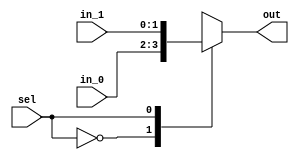
/*
 * Generated by Digital. Don't modify this file!
 * Any changes will be lost if this file is regenerated.
 */

module Mux_2x1_NBits #(
    parameter Bits = 2
)
(
    input [0:0] sel,
    input [(Bits - 1):0] in_0,
    input [(Bits - 1):0] in_1,
    output reg [(Bits - 1):0] out
);
    always @ (*) begin
        case (sel)
            1'h0: out = in_0;
            1'h1: out = in_1;
            default:
                out = 'h0;
        endcase
    end
endmodule


module CompUnsigned #(
    parameter Bits = 1
)
(
    input [(Bits -1):0] a,
    input [(Bits -1):0] b,
    output \> ,
    output \= ,
    output \<
);
    assign \> = a > b;
    assign \= = a == b;
    assign \< = a < b;
endmodule

module PriorityEncoder4 (
    input in0,
    input in1,
    input in2,
    input in3,
    input in4,
    input in5,
    input in6,
    input in7,
    input in8,
    input in9,
    input in10,
    input in11,
    input in12,
    input in13,
    input in14,
    input in15,
    output reg [3:0] num,
    output any
);
    always @ (*) begin
        if (in15 == 1'b1)
            num = 4'hf;
        else if (in14 == 1'b1)
            num = 4'he;
        else if (in13 == 1'b1)
            num = 4'hd;
        else if (in12 == 1'b1)
            num = 4'hc;
        else if (in11 == 1'b1)
            num = 4'hb;
        else if (in10 == 1'b1)
            num = 4'ha;
        else if (in9 == 1'b1)
            num = 4'h9;
        else if (in8 == 1'b1)
            num = 4'h8;
        else if (in7 == 1'b1)
            num = 4'h7;
        else if (in6 == 1'b1)
            num = 4'h6;
        else if (in5 == 1'b1)
            num = 4'h5;
        else if (in4 == 1'b1)
            num = 4'h4;
        else if (in3 == 1'b1)
            num = 4'h3;
        else if (in2 == 1'b1)
            num = 4'h2;
        else if (in1 == 1'b1)
            num = 4'h1;
        else 
            num = 4'h0;
    end

    assign any = in0 | in1 | in2 | in3 | in4 | in5 | in6 | in7 | in8 | in9 | in10 | in11 | in12 | in13 | in14 | in15;
endmodule


module Mux_16x1_NBits #(
    parameter Bits = 2
)
(
    input [3:0] sel,
    input [(Bits - 1):0] in_0,
    input [(Bits - 1):0] in_1,
    input [(Bits - 1):0] in_2,
    input [(Bits - 1):0] in_3,
    input [(Bits - 1):0] in_4,
    input [(Bits - 1):0] in_5,
    input [(Bits - 1):0] in_6,
    input [(Bits - 1):0] in_7,
    input [(Bits - 1):0] in_8,
    input [(Bits - 1):0] in_9,
    input [(Bits - 1):0] in_10,
    input [(Bits - 1):0] in_11,
    input [(Bits - 1):0] in_12,
    input [(Bits - 1):0] in_13,
    input [(Bits - 1):0] in_14,
    input [(Bits - 1):0] in_15,
    output reg [(Bits - 1):0] out
);
    always @ (*) begin
        case (sel)
            4'h0: out = in_0;
            4'h1: out = in_1;
            4'h2: out = in_2;
            4'h3: out = in_3;
            4'h4: out = in_4;
            4'h5: out = in_5;
            4'h6: out = in_6;
            4'h7: out = in_7;
            4'h8: out = in_8;
            4'h9: out = in_9;
            4'ha: out = in_10;
            4'hb: out = in_11;
            4'hc: out = in_12;
            4'hd: out = in_13;
            4'he: out = in_14;
            4'hf: out = in_15;
            default:
                out = 'h0;
        endcase
    end
endmodule


module ControlUnit (
  input [5:0] Opcode,
  input Reset, // RESET input
  output aluSrc,
  output RegDst,
  output [2:0] aluOp,
  output memToReg,
  output memRead,
  output memWrite,
  output RegWrite,
  output branch,
  output jump,
  output branch2,
  output lup
);
  wire s0;
  wire s1;
  wire s2;
  wire [3:0] s3;
  wire [12:0] s4;
  wire s5;
  wire s6;
  wire s7;
  wire s8;
  wire s9;
  wire s10;
  wire s11;
  wire s12;
  wire [12:0] s13;
  // rformat
  CompUnsigned #(
    .Bits(6)
  )
  CompUnsigned_i0 (
    .a( Opcode ),
    .b( 6'b0 ),
    .\= ( s0 )
  );
  // SW
  CompUnsigned #(
    .Bits(6)
  )
  CompUnsigned_i1 (
    .a( Opcode ),
    .b( 6'b101011 ),
    .\= ( s1 )
  );
  // LW
  CompUnsigned #(
    .Bits(6)
  )
  CompUnsigned_i2 (
    .a( Opcode ),
    .b( 6'b100011 ),
    .\= ( s2 )
  );
  // Beq
  CompUnsigned #(
    .Bits(6)
  )
  CompUnsigned_i3 (
    .a( Opcode ),
    .b( 6'b100 ),
    .\= ( s5 )
  );
  // Bne
  CompUnsigned #(
    .Bits(6)
  )
  CompUnsigned_i4 (
    .a( Opcode ),
    .b( 6'b101 ),
    .\= ( s6 )
  );
  // jump
  CompUnsigned #(
    .Bits(6)
  )
  CompUnsigned_i5 (
    .a( Opcode ),
    .b( 6'b10 ),
    .\= ( s7 )
  );
  // addi
  CompUnsigned #(
    .Bits(6)
  )
  CompUnsigned_i6 (
    .a( Opcode ),
    .b( 6'b1000 ),
    .\= ( s8 )
  );
  // andi
  CompUnsigned #(
    .Bits(6)
  )
  CompUnsigned_i7 (
    .a( Opcode ),
    .b( 6'b1100 ),
    .\= ( s9 )
  );
  // ori
  CompUnsigned #(
    .Bits(6)
  )
  CompUnsigned_i8 (
    .a( Opcode ),
    .b( 6'b1101 ),
    .\= ( s10 )
  );
  // xori
  CompUnsigned #(
    .Bits(6)
  )
  CompUnsigned_i9 (
    .a( Opcode ),
    .b( 6'b1110 ),
    .\= ( s11 )
  );
  // lui
  CompUnsigned #(
    .Bits(6)
  )
  CompUnsigned_i10 (
    .a( Opcode ),
    .b( 6'b1111 ),
    .\= ( s12 )
  );
  PriorityEncoder4 PriorityEncoder4_i11 (
    .in0( s0 ),
    .in1( s1 ),
    .in2( s2 ),
    .in3( s5 ),
    .in4( s6 ),
    .in5( s7 ),
    .in6( s8 ),
    .in7( s9 ),
    .in8( s10 ),
    .in9( s11 ),
    .in10( s12 ),
    .in11( 1'b0 ),
    .in12( 1'b0 ),
    .in13( 1'b0 ),
    .in14( 1'b0 ),
    .in15( 1'b0 ),
    .num( s3 )
  );
  Mux_16x1_NBits #(
    .Bits(13)
  )
  Mux_16x1_NBits_i12 (
    .sel( s3 ),
    .in_0( 13'b101111000 ),
    .in_1( 13'b10010001 ),
    .in_2( 13'b110010110 ),
    .in_3( 13'b1000011000 ),
    .in_4( 13'b100000011000 ),
    .in_5( 13'b10000000000 ),
    .in_6( 13'b110010000 ),
    .in_7( 13'b110000000 ),
    .in_8( 13'b110001000 ),
    .in_9( 13'b110101000 ),
    .in_10( 13'b1000110101000 ),
    .in_11( 13'b0 ),
    .in_12( 13'b0 ),
    .in_13( 13'b0 ),
    .in_14( 13'b0 ),
    .in_15( 13'b0 ),
    .out( s4 )
  );
  Mux_2x1_NBits #(
    .Bits(13)
  )
  Mux_2x1_NBits_i13 (
    .sel( Reset ),
    .in_0( s4 ),
    .in_1( 13'b0 ),
    .out( s13 )
  );
  assign memWrite = s13[0];
  assign memRead = s13[1];
  assign memToReg = s13[2];
  assign aluOp = s13[5:3];
  assign RegDst = s13[6];
  assign aluSrc = s13[7];
  assign RegWrite = s13[8];
  assign branch = s13[9];
  assign jump = s13[10];
  assign branch2 = s13[11];
  assign lup = s13[12];
endmodule
module DIG_RegisterFile
#(
    parameter Bits = 8,
    parameter AddrBits = 4
)
(
    input [(Bits-1):0] Din,
    input we,
    input [(AddrBits-1):0] Rw,
    input C,
    input [(AddrBits-1):0] Ra,
    input [(AddrBits-1):0] Rb,
    output [(Bits-1):0] Da,
    output [(Bits-1):0] Db
);

    reg [(Bits-1):0] memory[0:((1 << AddrBits)-1)];

    assign Da = memory[Ra];
    assign Db = memory[Rb];

    always @ (posedge C) begin
        if (we)
            memory[Rw] <= Din;
    end
endmodule

module PriorityEncoder3 (
    input in0,
    input in1,
    input in2,
    input in3,
    input in4,
    input in5,
    input in6,
    input in7,
    output reg [2:0] num,
    output any
);
    always @ (*) begin
        if (in7 == 1'b1)
            num = 3'h7;
        else if (in6 == 1'b1)
            num = 3'h6;
        else if (in5 == 1'b1)
            num = 3'h5;
        else if (in4 == 1'b1)
            num = 3'h4;
        else if (in3 == 1'b1)
            num = 3'h3;
        else if (in2 == 1'b1)
            num = 3'h2;
        else if (in1 == 1'b1)
            num = 3'h1;
        else 
            num = 3'h0;
    end

    assign any = in0 | in1 | in2 | in3 | in4 | in5 | in6 | in7;
endmodule


module ALUControl (
  input [2:0] aluOp,
  input [5:0] Func,
  output [2:0] aluFunc
);
  wire s0;
  wire s1;
  wire s2;
  wire s3;
  wire s4;
  wire s5;
  wire s6;
  wire s7;
  wire [2:0] s8;
  wire s9;
  wire [2:0] s10;
  wire s11;
  // ADD
  CompUnsigned #(
    .Bits(6)
  )
  CompUnsigned_i0 (
    .a( Func ),
    .b( 6'b100000 ),
    .\= ( s0 )
  );
  // AND
  CompUnsigned #(
    .Bits(6)
  )
  CompUnsigned_i1 (
    .a( Func ),
    .b( 6'b100100 ),
    .\= ( s1 )
  );
  // OR
  CompUnsigned #(
    .Bits(6)
  )
  CompUnsigned_i2 (
    .a( Func ),
    .b( 6'b100101 ),
    .\= ( s2 )
  );
  // SUB
  CompUnsigned #(
    .Bits(6)
  )
  CompUnsigned_i3 (
    .a( Func ),
    .b( 6'b100010 ),
    .\= ( s3 )
  );
  // SLT
  CompUnsigned #(
    .Bits(6)
  )
  CompUnsigned_i4 (
    .a( Func ),
    .b( 6'b101010 ),
    .\= ( s4 )
  );
  CompUnsigned #(
    .Bits(3)
  )
  CompUnsigned_i5 (
    .a( aluOp ),
    .b( 3'b111 ),
    .\= ( s11 )
  );
  // xor
  CompUnsigned #(
    .Bits(6)
  )
  CompUnsigned_i6 (
    .a( Func ),
    .b( 6'b100110 ),
    .\= ( s5 )
  );
  // mult
  CompUnsigned #(
    .Bits(6)
  )
  CompUnsigned_i7 (
    .a( Func ),
    .b( 6'b11000 ),
    .\= ( s6 )
  );
  // div
  CompUnsigned #(
    .Bits(6)
  )
  CompUnsigned_i8 (
    .a( Func ),
    .b( 6'b11010 ),
    .\= ( s7 )
  );
  PriorityEncoder3 PriorityEncoder3_i9 (
    .in0( s1 ),
    .in1( s2 ),
    .in2( s0 ),
    .in3( s3 ),
    .in4( s4 ),
    .in5( s5 ),
    .in6( s6 ),
    .in7( s7 ),
    .num( s8 ),
    .any( s9 )
  );
  Mux_2x1_NBits #(
    .Bits(3)
  )
  Mux_2x1_NBits_i10 (
    .sel( s9 ),
    .in_0( 3'b110 ),
    .in_1( s8 ),
    .out( s10 )
  );
  Mux_2x1_NBits #(
    .Bits(3)
  )
  Mux_2x1_NBits_i11 (
    .sel( s11 ),
    .in_0( aluOp ),
    .in_1( s10 ),
    .out( aluFunc )
  );
endmodule
module DIG_RAMDualPort
#(
    parameter Bits = 8,
    parameter AddrBits = 4
)
(
  input [(AddrBits-1):0] A,
  input [(Bits-1):0] Din,
  input str,
  input C,
  input ld,
  output [(Bits-1):0] D
);
  reg [(Bits-1):0] memory[0:((1 << AddrBits) - 1)];

  assign D = ld? memory[A] : 'hz;

  always @ (posedge C) begin
    if (str)
      memory[A] <= Din;
  end
endmodule


module Mux_2x1
(
    input [0:0] sel,
    input in_0,
    input in_1,
    output reg out
);
    always @ (*) begin
        case (sel)
            1'h0: out = in_0;
            1'h1: out = in_1;
            default:
                out = 'h0;
        endcase
    end
endmodule

module DIG_Add
#(
    parameter Bits = 1
)
(
    input [(Bits-1):0] a,
    input [(Bits-1):0] b,
    input c_i,
    output [(Bits - 1):0] s,
    output c_o
);
   wire [Bits:0] temp;

   assign temp = a + b + c_i;
   assign s = temp [(Bits-1):0];
   assign c_o = temp[Bits];
endmodule



module DataMemory (
  input [31:0] virtualPC,
  input en,
  output invalidMemory,
  output [10:0] Physicaladdress
);
  wire [31:0] s0;
  wire s1;
  wire s2;
  wire control;
  wire [31:0] s3;
  wire [31:0] s4;
  wire s5;
  wire s6;
  wire adder;
  wire [31:0] s7;
  CompUnsigned #(
    .Bits(32)
  )
  CompUnsigned_i0 (
    .a( virtualPC ),
    .b( 32'b10000000000000000001111111111 ),
    .\> ( s1 )
  );
  // DataMem
  CompUnsigned #(
    .Bits(32)
  )
  CompUnsigned_i1 (
    .a( virtualPC ),
    .b( 32'b10000000000000000000000000000 ),
    .\< ( s2 )
  );
  CompUnsigned #(
    .Bits(32)
  )
  CompUnsigned_i2 (
    .a( virtualPC ),
    .b( 32'b1111111111111111110111111111011 ),
    .\> ( s5 )
  );
  // Stack
  CompUnsigned #(
    .Bits(32)
  )
  CompUnsigned_i3 (
    .a( virtualPC ),
    .b( 32'b1111111111111111110101111111100 ),
    .\< ( s6 )
  );
  assign adder = (s6 | s5);
  assign control = (adder & (s2 | s1));
  Mux_2x1_NBits #(
    .Bits(32)
  )
  Mux_2x1_NBits_i4 (
    .sel( control ),
    .in_0( virtualPC ),
    .in_1( 32'b0 ),
    .out( s3 )
  );
  Mux_2x1 Mux_2x1_i5 (
    .sel( en ),
    .in_0( 1'b0 ),
    .in_1( control ),
    .out( invalidMemory )
  );
  Mux_2x1_NBits #(
    .Bits(32)
  )
  Mux_2x1_NBits_i6 (
    .sel( en ),
    .in_0( 32'b0 ),
    .in_1( s3 ),
    .out( s4 )
  );
  DIG_Add #(
    .Bits(32)
  )
  DIG_Add_i7 (
    .a( s4 ),
    .b( 32'b100 ),
    .c_i( 1'b0 ),
    .s( s7 )
  );
  Mux_2x1_NBits #(
    .Bits(32)
  )
  Mux_2x1_NBits_i8 (
    .sel( adder ),
    .in_0( s7 ),
    .in_1( s4 ),
    .out( s0 )
  );
  assign Physicaladdress = s0[10:0];
endmodule

module DIG_Register_BUS #(
    parameter Bits = 1
)
(
    input C,
    input en,
    input [(Bits - 1):0]D,
    output [(Bits - 1):0]Q
);

    reg [(Bits - 1):0] state = 'h0;

    assign Q = state;

    always @ (posedge C) begin
        if (en)
            state <= D;
   end
endmodule

module DIG_Sub #(
    parameter Bits = 2
)
(
    input [(Bits-1):0] a,
    input [(Bits-1):0] b,
    input c_i,
    output [(Bits-1):0] s,
    output c_o
);
    wire [Bits:0] temp;

    assign temp = a - b - c_i;
    assign s = temp[(Bits-1):0];
    assign c_o = temp[Bits];
endmodule


module CompSigned #(
    parameter Bits = 1
)
(
    input [(Bits -1):0] a,
    input [(Bits -1):0] b,
    output \> ,
    output \= ,
    output \<
);
    assign \> = $signed(a) > $signed(b);
    assign \= = $signed(a) == $signed(b);
    assign \< = $signed(a) < $signed(b);
endmodule


module DIG_Mul_signed #(
    parameter Bits = 1
)
(
    
      input signed [(Bits-1):0] a,
      input signed [(Bits-1):0] b,
      output signed [(Bits*2-1):0] mul
    
);
    assign mul = a * b;
endmodule


module Mux_8x1_NBits #(
    parameter Bits = 2
)
(
    input [2:0] sel,
    input [(Bits - 1):0] in_0,
    input [(Bits - 1):0] in_1,
    input [(Bits - 1):0] in_2,
    input [(Bits - 1):0] in_3,
    input [(Bits - 1):0] in_4,
    input [(Bits - 1):0] in_5,
    input [(Bits - 1):0] in_6,
    input [(Bits - 1):0] in_7,
    output reg [(Bits - 1):0] out
);
    always @ (*) begin
        case (sel)
            3'h0: out = in_0;
            3'h1: out = in_1;
            3'h2: out = in_2;
            3'h3: out = in_3;
            3'h4: out = in_4;
            3'h5: out = in_5;
            3'h6: out = in_6;
            3'h7: out = in_7;
            default:
                out = 'h0;
        endcase
    end
endmodule


module ALU (
  input [31:0] a,
  input [31:0] b,
  input [2:0] op,
  output [31:0] res,
  output isZero,
  output [31:0] high,
  output [31:0] lo
);
  wire [31:0] s0;
  wire [31:0] s1;
  wire [31:0] s2;
  wire [31:0] s3;
  wire [31:0] s4;
  wire [31:0] s5;
  wire [31:0] res_temp;
  wire s6;
  wire [63:0] s7;
  DIG_Add #(
    .Bits(32)
  )
  DIG_Add_i0 (
    .a( a ),
    .b( b ),
    .c_i( 1'b0 ),
    .s( s0 )
  );
  DIG_Sub #(
    .Bits(32)
  )
  DIG_Sub_i1 (
    .a( a ),
    .b( b ),
    .c_i( 1'b0 ),
    .s( s1 )
  );
  assign s2 = (a & b);
  assign s3 = (a | b);
  CompSigned #(
    .Bits(32)
  )
  CompSigned_i2 (
    .a( a ),
    .b( b ),
    .\< ( s6 )
  );
  assign s5 = (a ^ b);
  DIG_Mul_signed #(
    .Bits(32)
  )
  DIG_Mul_signed_i3 (
    .a( a ),
    .b( b ),
    .mul( s7 )
  );
  assign s4[0] = s6;
  assign s4[31:1] = 31'b0;
  assign lo = s7[31:0];
  assign high = s7[63:32];
  Mux_8x1_NBits #(
    .Bits(32)
  )
  Mux_8x1_NBits_i4 (
    .sel( op ),
    .in_0( s2 ),
    .in_1( s3 ),
    .in_2( s0 ),
    .in_3( s1 ),
    .in_4( s4 ),
    .in_5( s5 ),
    .in_6( 32'b0 ),
    .in_7( 32'b0 ),
    .out( res_temp )
  );
  CompUnsigned #(
    .Bits(32)
  )
  CompUnsigned_i5 (
    .a( res_temp ),
    .b( 32'b0 ),
    .\= ( isZero )
  );
  assign res = res_temp;
endmodule

module DirVirtual (
  input [31:0] virtualPC,
  output invalidMemory,
  output [9:0] Physicaladdress
);
  wire [31:0] s0;
  wire invalidMemory_temp;
  wire s1;
  wire s2;
  CompUnsigned #(
    .Bits(32)
  )
  CompUnsigned_i0 (
    .a( virtualPC ),
    .b( 32'b10000000000001111111111 ),
    .\> ( s1 )
  );
  CompUnsigned #(
    .Bits(32)
  )
  CompUnsigned_i1 (
    .a( virtualPC ),
    .b( 32'b10000000000000000000000 ),
    .\< ( s2 )
  );
  assign invalidMemory_temp = (s2 | s1);
  Mux_2x1_NBits #(
    .Bits(32)
  )
  Mux_2x1_NBits_i2 (
    .sel( invalidMemory_temp ),
    .in_0( virtualPC ),
    .in_1( 32'b0 ),
    .out( s0 )
  );
  assign Physicaladdress = s0[9:0];
  assign invalidMemory = invalidMemory_temp;
endmodule
module DIG_ROM_256X32_InstMem (
    input [7:0] A,
    input sel,
    output reg [31:0] D
);
    reg [31:0] my_rom [0:8];

    always @ (*) begin
        if (~sel)
            D = 32'hz;
        else if (A > 8'h8)
            D = 32'h0;
        else
            D = my_rom[A];
    end

    initial begin
        my_rom[0] = 32'h308af0f0;
        my_rom[1] = 32'h8000001;
        my_rom[2] = 32'hac080008;
        my_rom[3] = 32'h0;
        my_rom[4] = 32'h0;
        my_rom[5] = 32'h0;
        my_rom[6] = 32'h0;
        my_rom[7] = 32'h0;
        my_rom[8] = 32'h8000001;
    end
endmodule

module DIG_BitExtender #(
    parameter inputBits = 2,
    parameter outputBits = 4
)
(
    input [(inputBits-1):0] in,
    output [(outputBits - 1):0] out
);
    assign out = {{(outputBits - inputBits){in[inputBits - 1]}}, in};
endmodule




module jtarget (
  input [25:0] jumpadress,
  input [31:0] \pc+4 ,
  output [31:0] out
);
  assign out[1:0] = 2'b0;
  assign out[27:2] = jumpadress;
  assign out[31:28] = \pc+4 [31:28];
endmodule

module muxadd (
  input [5:0] in,
  output out
);
  wire s0;
  wire s1;
  wire s2;
  CompUnsigned #(
    .Bits(6)
  )
  CompUnsigned_i0 (
    .a( in ),
    .b( 6'b1100 ),
    .\= ( s0 )
  );
  CompUnsigned #(
    .Bits(6)
  )
  CompUnsigned_i1 (
    .a( in ),
    .b( 6'b1101 ),
    .\= ( s1 )
  );
  CompUnsigned #(
    .Bits(6)
  )
  CompUnsigned_i2 (
    .a( in ),
    .b( 6'b1110 ),
    .\= ( s2 )
  );
  assign out = (s0 | s1 | s2);
endmodule

module ShiftLeft2 (
  input [31:0] i,
  output [31:0] o
);
  assign o[1:0] = 2'b0;
  assign o[31:2] = i[29:0];
endmodule

module MIPS32SOC (
  input clk,
  input rst,
  output invalid_opcode,
  output invalid_addr,
  output invalid_pc
);
  wire [31:0] s0;
  wire [31:0] s1;
  wire [7:0] s2;
  wire [31:0] s3;
  wire [31:0] pcplus4;
  wire [9:0] s4;
  wire [31:0] s5;
  wire RegWrite;
  wire [4:0] s6;
  wire [4:0] Ra;
  wire [4:0] Rb;
  wire [31:0] s7;
  wire [31:0] s8;
  wire [5:0] Func;
  wire [4:0] s9;
  wire [5:0] Opcode;
  wire [31:0] s10;
  wire [31:0] s11;
  wire [2:0] aluFunc;
  wire [31:0] s12;
  wire isZero;
  wire [31:0] s13;
  wire [31:0] s14;
  wire [15:0] sll16;
  wire [31:0] s15;
  wire aluSrc;
  wire [31:0] s16;
  wire RegDst;
  wire [2:0] aluOp;
  wire memToReg;
  wire memRead;
  wire memWrite;
  wire branch;
  wire jump;
  wire branch2;
  wire lup;
  wire [7:0] s17;
  wire [31:0] s18;
  wire [10:0] s19;
  wire jorbr;
  wire [31:0] offsetgeneral;
  wire [31:0] offset;
  wire [31:0] beqoffset;
  wire [25:0] s20;
  wire [31:0] jumpoffset;
  wire readorwrite;
  wire mxd;
  wire [31:0] s21;
  wire [31:0] s22;
  wire [31:0] reslui;
  wire [31:0] ll;
  wire [31:0] l;
  assign invalid_opcode = 1'b0;
  Mux_2x1_NBits #(
    .Bits(32)
  )
  Mux_2x1_NBits_i0 (
    .sel( rst ),
    .in_0( pcplus4 ),
    .in_1( 32'b10000000000000000000000 ),
    .out( s10 )
  );
  ControlUnit ControlUnit_i1 (
    .Opcode( Opcode ),
    .Reset( rst ),
    .aluSrc( aluSrc ),
    .RegDst( RegDst ),
    .aluOp( aluOp ),
    .memToReg( memToReg ),
    .memRead( memRead ),
    .memWrite( memWrite ),
    .RegWrite( RegWrite ),
    .branch( branch ),
    .jump( jump ),
    .branch2( branch2 ),
    .lup( lup )
  );
  assign readorwrite = (memRead | memWrite);
  // Reg File
  DIG_RegisterFile #(
    .Bits(32),
    .AddrBits(5)
  )
  DIG_RegisterFile_i2 (
    .Din( s5 ),
    .we( RegWrite ),
    .Rw( s6 ),
    .C( clk ),
    .Ra( Ra ),
    .Rb( Rb ),
    .Da( s7 ),
    .Db( s8 )
  );
  Mux_2x1_NBits #(
    .Bits(32)
  )
  Mux_2x1_NBits_i3 (
    .sel( aluSrc ),
    .in_0( s8 ),
    .in_1( s16 ),
    .out( s11 )
  );
  Mux_2x1_NBits #(
    .Bits(5)
  )
  Mux_2x1_NBits_i4 (
    .sel( RegDst ),
    .in_0( Rb ),
    .in_1( s9 ),
    .out( s6 )
  );
  ALUControl ALUControl_i5 (
    .aluOp( aluOp ),
    .Func( Func ),
    .aluFunc( aluFunc )
  );
  // Data Mem
  DIG_RAMDualPort #(
    .Bits(32),
    .AddrBits(8)
  )
  DIG_RAMDualPort_i6 (
    .A( s17 ),
    .Din( s8 ),
    .str( memWrite ),
    .C( clk ),
    .ld( memRead ),
    .D( s18 )
  );
  Mux_2x1_NBits #(
    .Bits(32)
  )
  Mux_2x1_NBits_i7 (
    .sel( memToReg ),
    .in_0( s12 ),
    .in_1( s18 ),
    .out( s5 )
  );
  Mux_2x1_NBits #(
    .Bits(32)
  )
  Mux_2x1_NBits_i8 (
    .sel( jorbr ),
    .in_0( s10 ),
    .in_1( offsetgeneral ),
    .out( s0 )
  );
  Mux_2x1_NBits #(
    .Bits(32)
  )
  Mux_2x1_NBits_i9 (
    .sel( jump ),
    .in_0( beqoffset ),
    .in_1( jumpoffset ),
    .out( offsetgeneral )
  );
  assign jorbr = (jump | ((branch & isZero) | (branch2 & ~ isZero)));
  DataMemory DataMemory_i10 (
    .virtualPC( s12 ),
    .en( readorwrite ),
    .invalidMemory( invalid_addr ),
    .Physicaladdress( s19 )
  );
  Mux_2x1_NBits #(
    .Bits(32)
  )
  Mux_2x1_NBits_i11 (
    .sel( lup ),
    .in_0( s22 ),
    .in_1( reslui ),
    .out( s16 )
  );
  // PC
  DIG_Register_BUS #(
    .Bits(32)
  )
  DIG_Register_BUS_i12 (
    .D( s0 ),
    .C( clk ),
    .en( 1'b1 ),
    .Q( s1 )
  );
  ALU ALU_i13 (
    .a( s7 ),
    .b( s11 ),
    .op( aluFunc ),
    .res( s12 ),
    .isZero( isZero ),
    .high( s13 ),
    .lo( s14 )
  );
  assign s17 = s19[9:2];
  DIG_Add #(
    .Bits(32)
  )
  DIG_Add_i14 (
    .a( s1 ),
    .b( 32'b100 ),
    .c_i( 1'b0 ),
    .s( pcplus4 )
  );
  DirVirtual DirVirtual_i15 (
    .virtualPC( s1 ),
    .invalidMemory( invalid_pc ),
    .Physicaladdress( s4 )
  );
  // High
  DIG_Register_BUS #(
    .Bits(32)
  )
  DIG_Register_BUS_i16 (
    .D( s13 ),
    .C( clk ),
    .en( 1'b1 ),
    .Q( ll )
  );
  // Low
  DIG_Register_BUS #(
    .Bits(32)
  )
  DIG_Register_BUS_i17 (
    .D( s14 ),
    .C( clk ),
    .en( 1'b1 ),
    .Q( l )
  );
  assign s2 = s4[9:2];
  // InstMem
  DIG_ROM_256X32_InstMem DIG_ROM_256X32_InstMem_i18 (
    .A( s2 ),
    .sel( 1'b1 ),
    .D( s3 )
  );
  assign Func = s3[5:0];
  assign s9 = s3[15:11];
  assign Rb = s3[20:16];
  assign Ra = s3[25:21];
  assign Opcode = s3[31:26];
  assign sll16 = s3[15:0];
  assign s20 = s3[25:0];
  DIG_BitExtender #(
    .inputBits(16),
    .outputBits(32)
  )
  DIG_BitExtender_i19 (
    .in( sll16 ),
    .out( s15 )
  );
  jtarget jtarget_i20 (
    .jumpadress( s20 ),
    .\pc+4 ( pcplus4 ),
    .out( jumpoffset )
  );
  muxadd muxadd_i21 (
    .in( Opcode ),
    .out( mxd )
  );
  assign s21[15:0] = sll16;
  assign s21[31:16] = 16'b0;
  assign reslui[15:0] = 16'b0;
  assign reslui[31:16] = sll16;
  ShiftLeft2 ShiftLeft2_i22 (
    .i( s15 ),
    .o( offset )
  );
  Mux_2x1_NBits #(
    .Bits(32)
  )
  Mux_2x1_NBits_i23 (
    .sel( mxd ),
    .in_0( s15 ),
    .in_1( s21 ),
    .out( s22 )
  );
  DIG_Add #(
    .Bits(32)
  )
  DIG_Add_i24 (
    .a( pcplus4 ),
    .b( offset ),
    .c_i( 1'b0 ),
    .s( beqoffset )
  );
endmodule